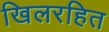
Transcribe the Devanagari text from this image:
खिलरहित